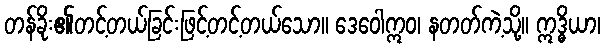
တန်ခိုး၏တင့်တယ်ခြင်းဖြင့်တင့်တယ်သော။ ဒေဝေါဣဝ၊ နတတ်ကဲ့သို့။ ဣဒ္ဓိယာ၊